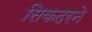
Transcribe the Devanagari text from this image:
सिकदरने